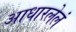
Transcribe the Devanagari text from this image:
आधारलेलं